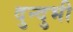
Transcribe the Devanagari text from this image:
दुन्दुभी